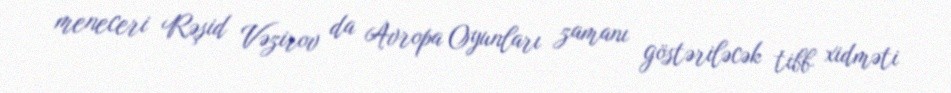
meneceri Rəşid Vəzirov da Avropa Oyunları zamanı göstəriləcək tibb xidməti